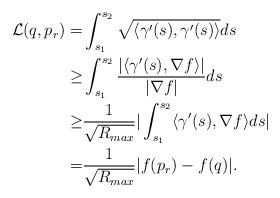
LaTeX: \begin{align*}\mathcal{L}(q,p_{r})=&\int_{s_{1}}^{s_{2}}\sqrt{\langle \gamma^{\prime}(s),\gamma^{\prime}(s)\rangle}ds\\\geq& \int_{s_{1}}^{s_{2}}\frac{|\langle\gamma^{\prime}(s),\nabla f\rangle|}{|\nabla f|}ds\\\geq& \frac{1}{\sqrt{R_{max}}}|\int_{s_{1}}^{s_{2}}\langle\gamma^{\prime}(s),\nabla f\rangle ds|\\=&\frac{1}{\sqrt{R_{max}}}|f(p_{r})-f(q)|.\end{align*}